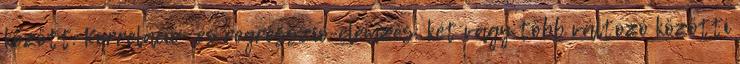
között. Korreláció- és regresszió-elemzés: két vagy több változó közötti